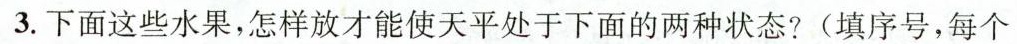
3.下面这些水果，怎样放才能使天平处于下面的两种状态?(填序号，每个